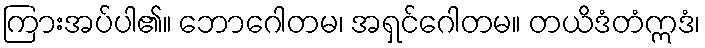
ကြားအပ်ပါ၏။ ဘောဂေါတမ၊ အရှင်ဂေါတမ။ တယိဒံတံဣဒံ၊